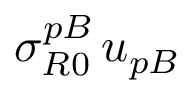
\sigma _ { R 0 } ^ { p B } \, u _ { p B }